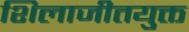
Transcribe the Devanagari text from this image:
शिलाजीतयुक्त